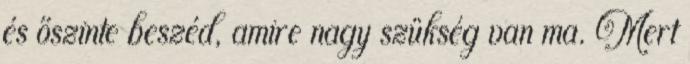
és őszinte beszéd, amire nagy szükség van ma. Mert